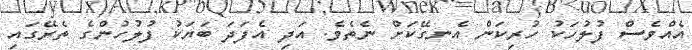
އެއްވެސް ފުލުހަކު ހުރިކަން އެނގޭކަށް ނެތެވެ. އަދި އެފަދަ ބަޔަކު ފުލުހުންގެ ތެރޭގައި